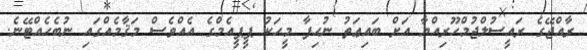
ރާއްޖޭގެ ރައީސުލްޖުމްހޫރިއްޔާ އަށް ބައިޢަތު ނުހިފާ މީހަކު ޕީޕީއެމްގެ އެއްވެސް މަޤާމެއްގައި ނުބެހެއްޓޭނެ.